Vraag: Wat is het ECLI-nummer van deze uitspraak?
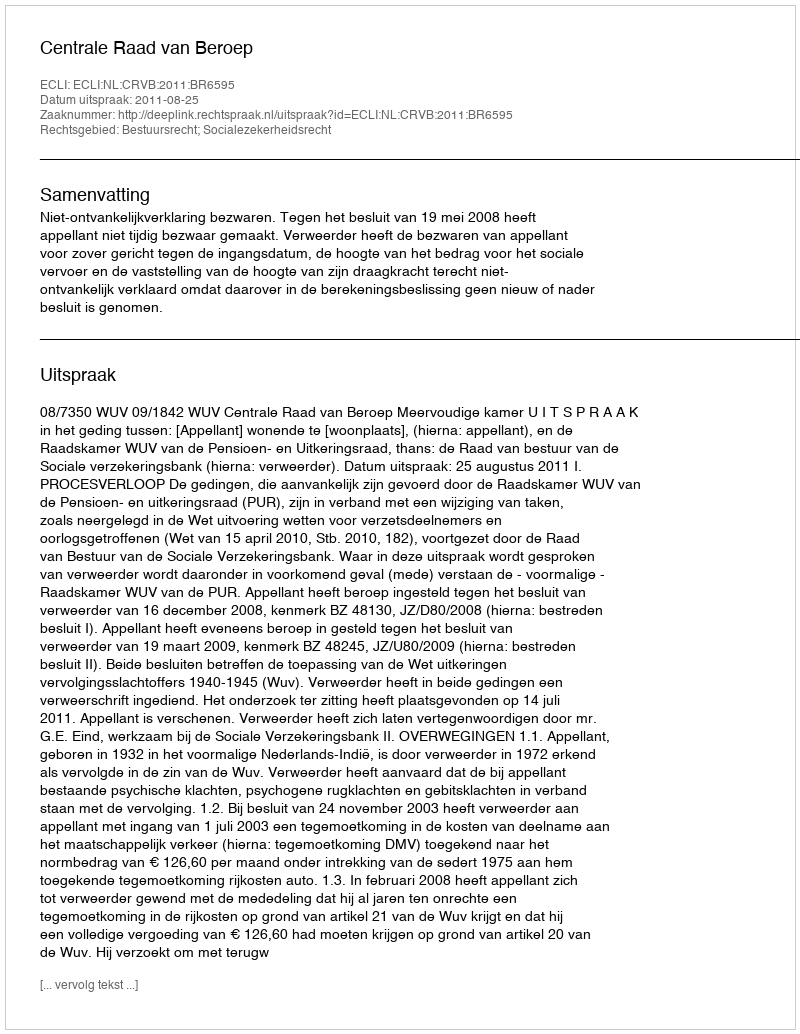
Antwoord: ECLI:NL:CRVB:2011:BR6595